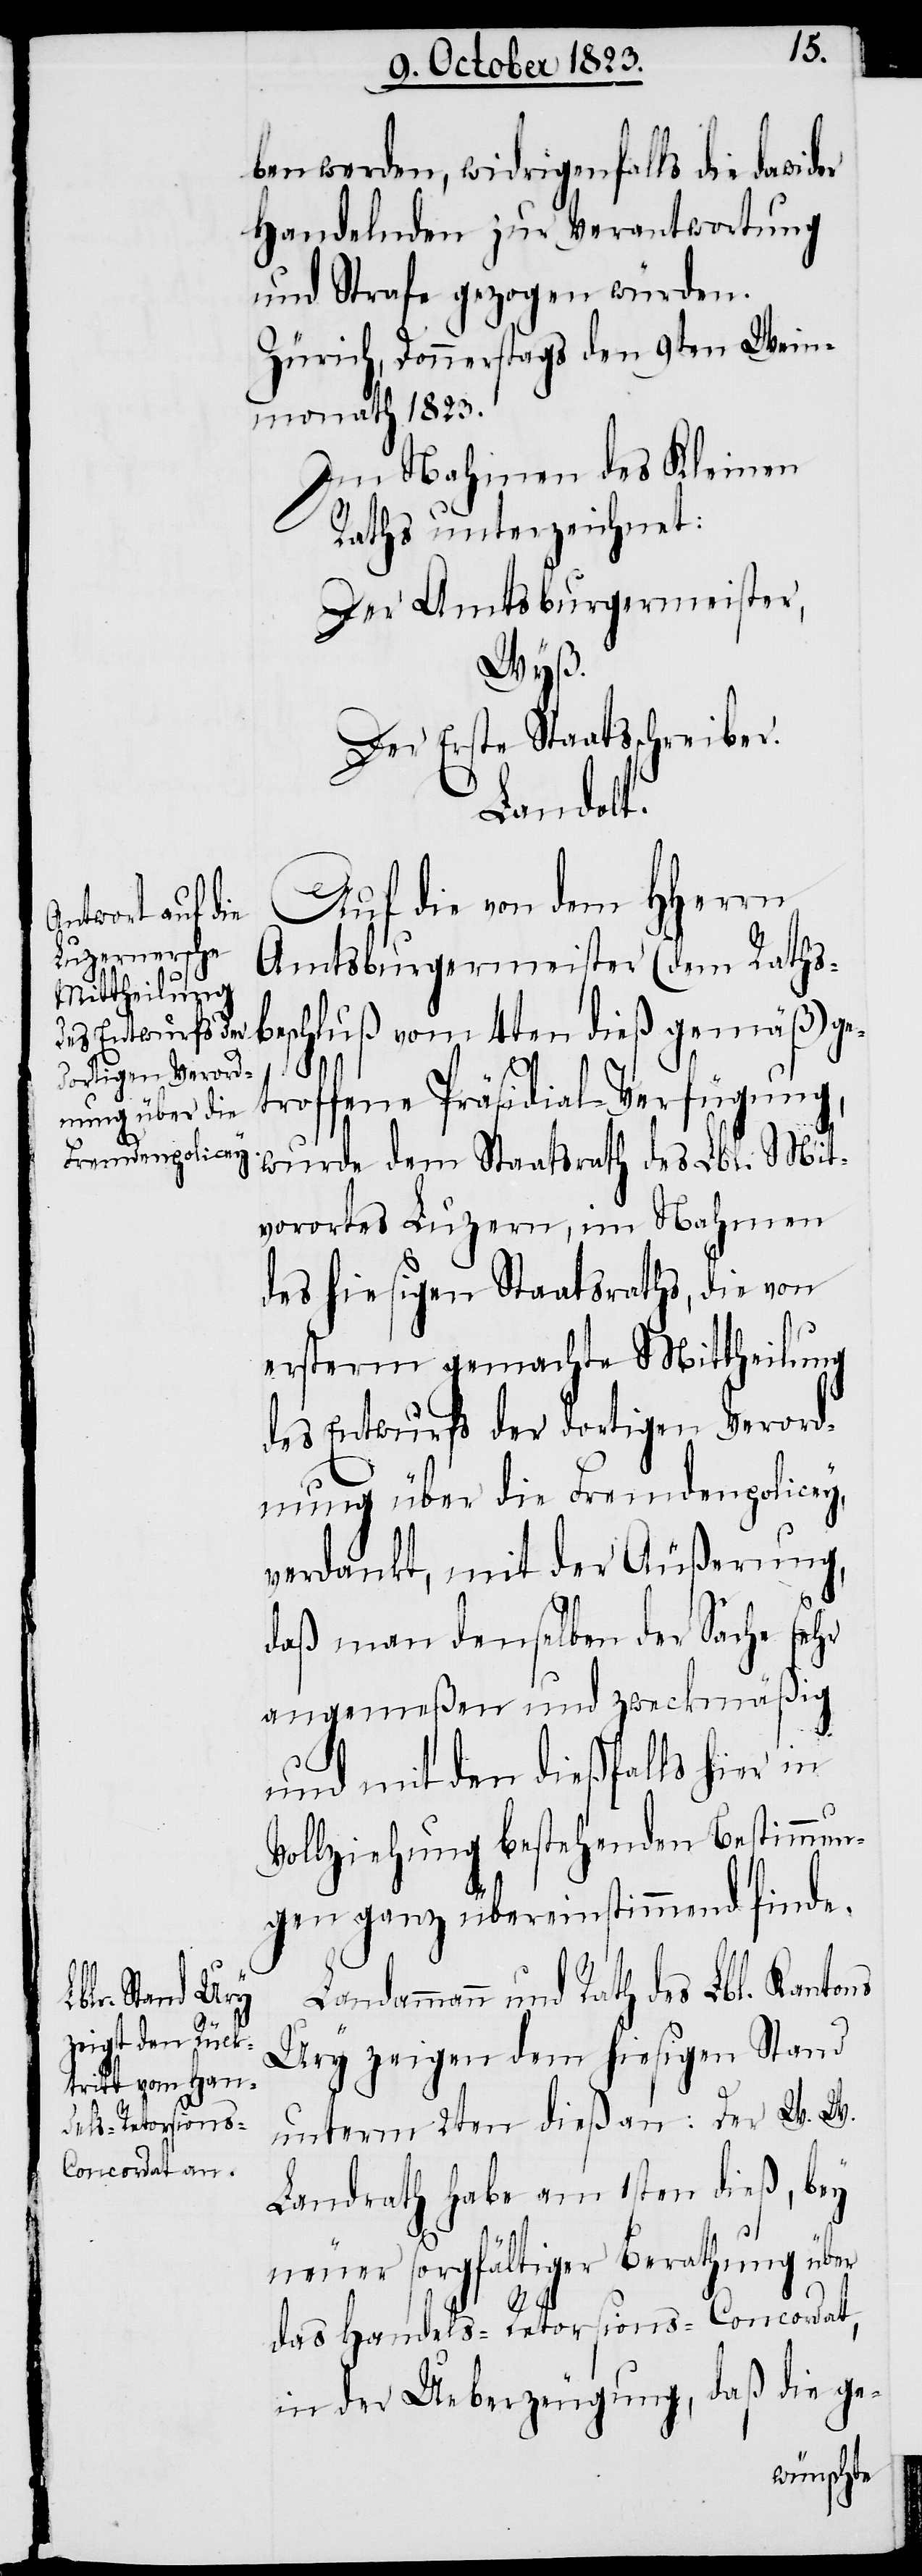
ben werden, widrigenfalls die dawider
Handelnden zur Verantwortung
und Strafe gezogen würden.
Zürich, Donnerstags den 9ten Wein¬
monath 1823.
Im Nahmen des Kleinen
Raths unterzeichnet:
Der Amtsburgermeister,
Wyß.
Der Erste Staatsschreiber.
Landam¬
Auf die von dem HHerrn
Amtsburgermeister (dem Rathsb¬
eschluß vom 4ten dieß gemäß) ge¬
troffene Präsidial-Verfügung,
wurde dem Staatsrath des Lbl. Mit¬
vorortes Luzern, im Nahmen
des hiesigen Staatsraths, die von
ersterm gemachte Mittheilung
des Entwurfs der dortigen Verord¬
nung über die Fremdenpolicey,
verdankt, mit der Äußerung,
daß man denselben der Sache sehr
angemeßen und zweckmäßig
und mit den dießfalls hier in
Vollziehung bestehenden Bestimmun¬
gen ganz übereinstimmend finde.
mann und Rath des Lbl. Kantons
Ury zeigen dem hiesigen Stand
unterm 2ten dieß an: Der W. W.
Landrath habe am 1sten dieß, bey
neuer sorgfältiger Berathung über
das Handels-Retorsions-Concordat,
in der Ueberzeugung, daß die ge-